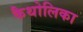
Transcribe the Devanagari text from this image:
कैथोलिका